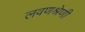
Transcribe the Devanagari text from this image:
लवणश्रेणी